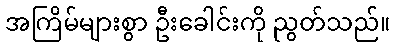
အကြိမ်များစွာ ဦးခေါင်းကို ညွတ်သည်။